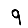
Digit: 9